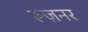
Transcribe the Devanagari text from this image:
रूज़नर